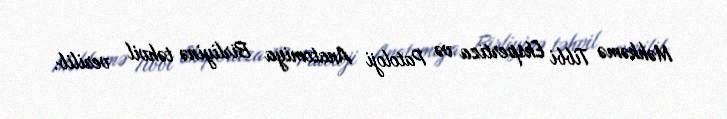
Məhkəmə Tibbi Ekspertiza və Patoloji Anatomiya Birliyinə təhvil verilib.